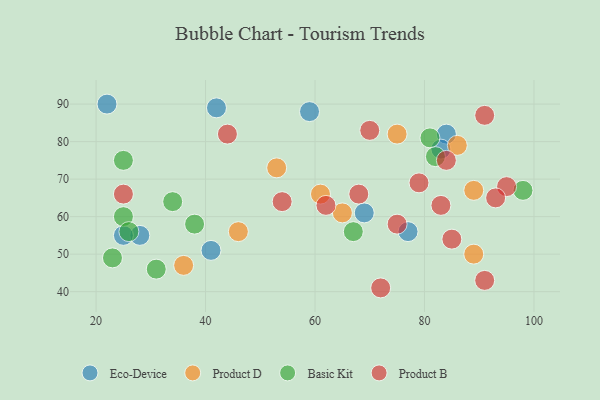
{"axis": {"x": "GDP", "y": "Life Expectancy"}, "legend": ["Basic Kit", "Eco-Device", "Product B", "Product D"], "data": [{"x": "69", "y": 61, "type": "Eco-Device"}, {"x": "42", "y": 89, "type": "Eco-Device"}, {"x": "59", "y": 88, "type": "Eco-Device"}, {"x": "22", "y": 90, "type": "Eco-Device"}, {"x": "84", "y": 82, "type": "Eco-Device"}, {"x": "28", "y": 55, "type": "Eco-Device"}, {"x": "41", "y": 51, "type": "Eco-Device"}, {"x": "25", "y": 55, "type": "Eco-Device"}, {"x": "77", "y": 56, "type": "Eco-Device"}, {"x": "83", "y": 78, "type": "Eco-Device"}, {"x": "53", "y": 73, "type": "Product D"}, {"x": "86", "y": 79, "type": "Product D"}, {"x": "65", "y": 61, "type": "Product D"}, {"x": "46", "y": 56, "type": "Product D"}, {"x": "89", "y": 67, "type": "Product D"}, {"x": "75", "y": 82, "type": "Product D"}, {"x": "36", "y": 47, "type": "Product D"}, {"x": "89", "y": 50, "type": "Product D"}, {"x": "61", "y": 66, "type": "Product D"}, {"x": "38", "y": 58, "type": "Basic Kit"}, {"x": "98", "y": 67, "type": "Basic Kit"}, {"x": "25", "y": 75, "type": "Basic Kit"}, {"x": "81", "y": 81, "type": "Basic Kit"}, {"x": "34", "y": 64, "type": "Basic Kit"}, {"x": "67", "y": 56, "type": "Basic Kit"}, {"x": "25", "y": 60, "type": "Basic Kit"}, {"x": "31", "y": 46, "type": "Basic Kit"}, {"x": "82", "y": 76, "type": "Basic Kit"}, {"x": "26", "y": 56, "type": "Basic Kit"}, {"x": "23", "y": 49, "type": "Basic Kit"}, {"x": "91", "y": 43, "type": "Product B"}, {"x": "83", "y": 63, "type": "Product B"}, {"x": "25", "y": 66, "type": "Product B"}, {"x": "44", "y": 82, "type": "Product B"}, {"x": "62", "y": 63, "type": "Product B"}, {"x": "54", "y": 64, "type": "Product B"}, {"x": "84", "y": 75, "type": "Product B"}, {"x": "79", "y": 69, "type": "Product B"}, {"x": "91", "y": 87, "type": "Product B"}, {"x": "95", "y": 68, "type": "Product B"}, {"x": "72", "y": 41, "type": "Product B"}, {"x": "93", "y": 65, "type": "Product B"}, {"x": "68", "y": 66, "type": "Product B"}, {"x": "70", "y": 83, "type": "Product B"}, {"x": "75", "y": 58, "type": "Product B"}, {"x": "85", "y": 54, "type": "Product B"}]}